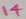
Text: 14